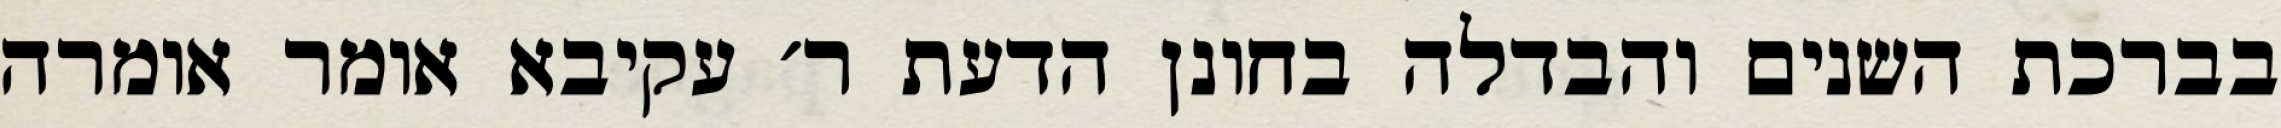
בברכת השנים והבדלה בחונן הדעת ר׳ עקיבא אומר אומרה